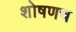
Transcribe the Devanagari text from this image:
शोषणच